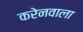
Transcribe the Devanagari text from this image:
करेनवाला